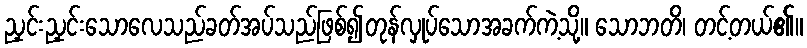
ညှင်းညှင်းသောလေသည်ခတ်အပ်သည်ဖြစ်၍တုန်လှုပ်သောအခက်ကဲ့သို့။ သောဘတိ၊ တင့်တယ်၏။